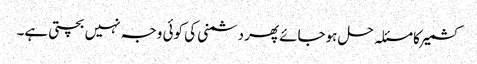
کشمیر کا مسئلہ حل ہوجائے پھر دشمنی کی کوئی وجہ نہیں بچتی ہے۔